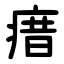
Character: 瘄